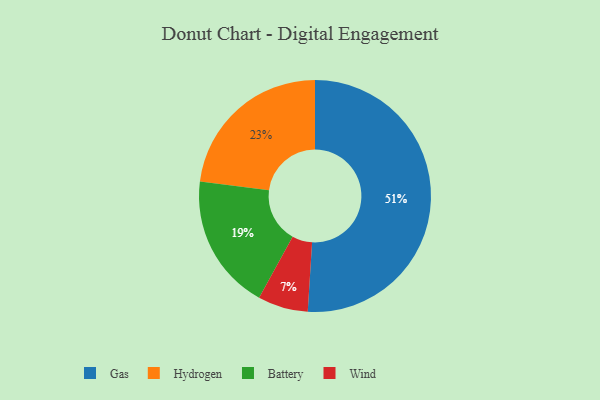
{"axis": {"x": "Category", "y": "Percentage"}, "legend": ["Battery", "Gas", "Hydrogen", "Wind"], "data": [{"x": "Hydrogen", "y": 23, "type": "Hydrogen"}, {"x": "Wind", "y": 7, "type": "Wind"}, {"x": "Gas", "y": 51, "type": "Gas"}, {"x": "Battery", "y": 19, "type": "Battery"}]}